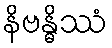
နိဗန္ဓိဿံ